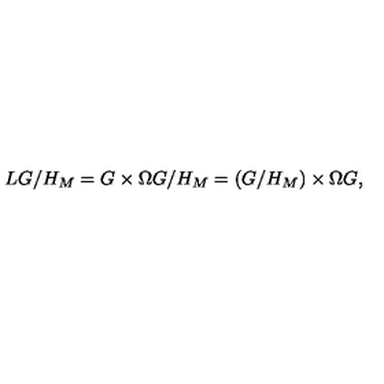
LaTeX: L G / H _ { M } = G \times \Omega G / H _ { M } = ( G / H _ { M } ) \times \Omega G ,